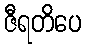
ဇီရတိပေ